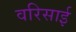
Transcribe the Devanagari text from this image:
वरिसाई